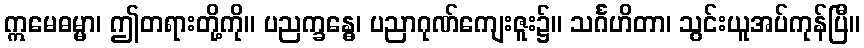
ဣမေဓမ္မာ၊ ဤတရားတို့ကို။ ပညက္ခန္ဓေ၊ ပညာဂုဏ်ကျေးဇူး၌။ သင်္ဂဟိတာ၊ သွင်းယူအပ်ကုန်ပြီ။